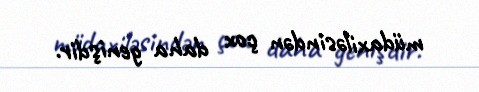
müdaxiləsindən çox daha genişdir.